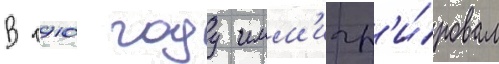
В 1910 году имм'игр'и́ровал